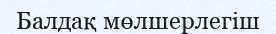
Балдақ мөлшерлегіш